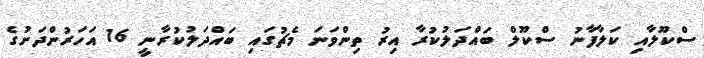
ސްކޫލާއި ކަލާފާނު ސްކޫލް ބައްދަލުކުރާ އިރު ތިންވަނަ މެޗުގައި ބައްދަލުކުރާނީ 16 އަހަރުންދަށުގެ